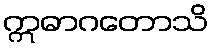
ဣဓာဂတောသိ